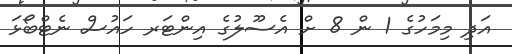
އަދި މިމަހުގެ 1 ން 8 ށް އެސޫލުގެ އިންޓަރ ހައުސް ނެޓްބޯޅަ